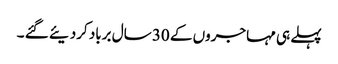
پہلے ہی مہاجروں کے 30 سال برباد کردیئے گئے ۔